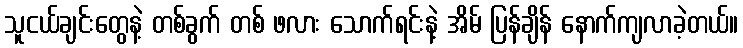
သူငယ်ချင်းတွေနဲ့ တစ်ခွက် တစ် ဖလား သောက်ရင်းနဲ့ အိမ် ပြန်ချိန် နောက်ကျလာခဲ့တယ်။